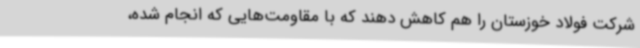
شرکت فولاد خوزستان را هم کاهش دهند که با مقاومت‌هایی که انجام شده،